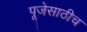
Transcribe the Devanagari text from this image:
पूजेसाठीच